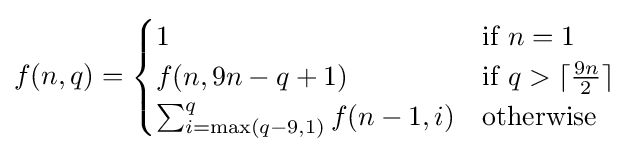
f(n,q)={\begin{cases}1&{\text{if }}n=1\\f(n,9n-q+1)&{\text{if }}q>\lceil {\frac {9n}{2}}\rceil \\\sum _{i=\max(q-9,1)}^{q}f(n-1,i)&{\text{otherwise}}\end{cases}}